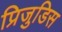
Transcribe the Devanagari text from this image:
प्रिजुडिस